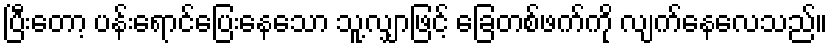
ပြီးတော့ ပန်းရောင်ပြေးနေသော သူ့လျှာဖြင့် ခြေတစ်ဖက်ကို လျက်နေလေသည်။